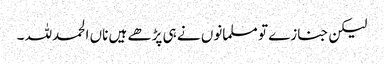
لیکن جنازے تو مسلمانوں نے ہی پڑھے ہیں ناں الحمدللہ ۔